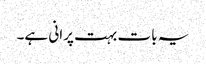
یہ بات بہت پرانی ہے۔